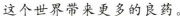
这个世界带来更多的良药。